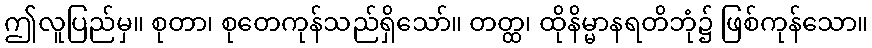
ဤလူပြည်မှ။ စုတာ၊ စုတေကုန်သည်ရှိသော်။ တတ္ထ၊ ထိုနိမ္မာနရတိဘုံ၌ ဖြစ်ကုန်သော။